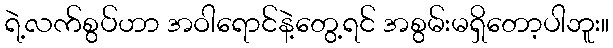
ရဲ့လက်စွပ်ဟာ အဝါရောင်နဲ့တွေ့ရင် အစွမ်းမရှိတော့ပါဘူး။